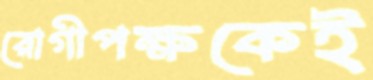
রোগীপক্ষকেই